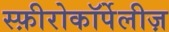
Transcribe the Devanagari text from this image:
स्फ़ीरोकॉर्पेलीज़